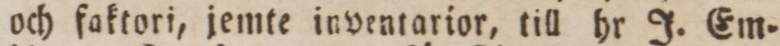
och faktori, jemte inventarior, till hr J. Em=